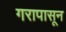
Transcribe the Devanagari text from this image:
गरापासून